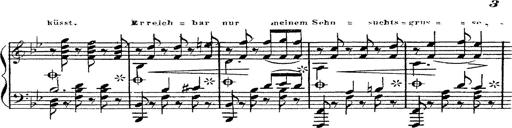
Title: 12 Lieder von Franz Schubert
Composer: Franz Liszt